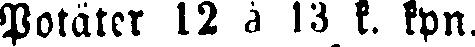
Potäter 12 à 13 k. kpn.